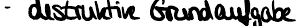
- destruktive Grundaufgabe